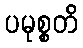
ပမုစ္စတိ